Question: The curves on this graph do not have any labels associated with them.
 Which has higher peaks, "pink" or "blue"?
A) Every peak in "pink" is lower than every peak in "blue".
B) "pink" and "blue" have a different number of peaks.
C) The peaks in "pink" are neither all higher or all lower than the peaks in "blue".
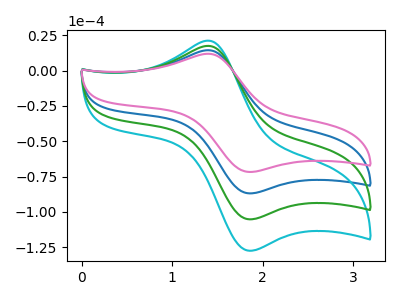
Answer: <think>The blue curve "blue" has an anodic peak at (1.40V, 14.45uA) and a cathodic peak at (1.85V, -86.95uA). The cyan curve "cyan" has an anodic peak at (1.40V, 43.35uA) and a cathodic peak at (1.85V, -260.80uA). The green curve "green" has an anodic peak at (1.40V, 28.90uA) and a cathodic peak at (1.85V, -173.85uA). The pink curve "pink" has an anodic peak at (1.40V, 11.90uA) and a cathodic peak at (1.85V, -71.75uA).</think>
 <answer>A) Every peak in "pink" is lower than every peak in "blue".</answer>
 <eval>A</eval>